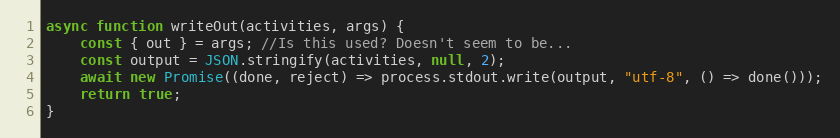
Language: JavaScript
async function writeOut(activities, args) {
    const { out } = args; //Is this used? Doesn't seem to be...
    const output = JSON.stringify(activities, null, 2);
    await new Promise((done, reject) => process.stdout.write(output, "utf-8", () => done()));
    return true;
}